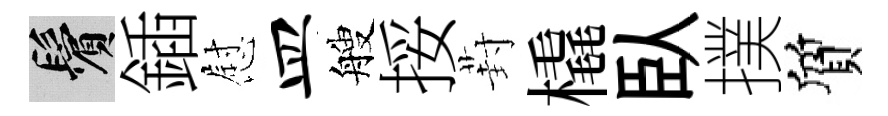
鬢鍤慰皿艘挼葑橇臥撲質